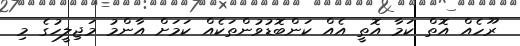
ރޫހެއް އޮތް ކަމާ އޮތީ އެއް ކަންބޮޑުވުންތަކެއް ކަމަށް އާންމު މަޖިލީހުގެ މި